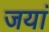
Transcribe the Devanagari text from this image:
जयां